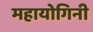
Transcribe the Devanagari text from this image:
महायोगिनी